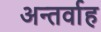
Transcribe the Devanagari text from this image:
अन्‍तर्वाह